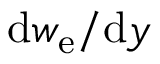
\mathrm { d } w _ { \mathrm { e } } / \mathrm { d } y